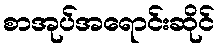
စာအုပ်အရောင်းဆိုင်